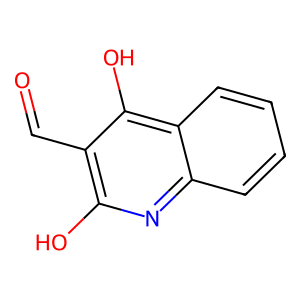
SMILES: O=Cc1c(O)nc2ccccc2c1O
Inhibits HIV replication: No